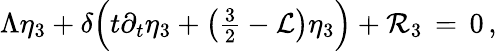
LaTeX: \Lambda\eta_{3}+\delta\Bigl(t\partial_{t}\eta_{3}+\bigl({\textstyle\frac{3}{2}}-\mathcal{L}\bigr)\eta_{3}\Bigr)+\mathcal{R}_{3}\, =\, 0\, ,